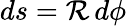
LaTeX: ds=\mathcal{R}\, d\phi